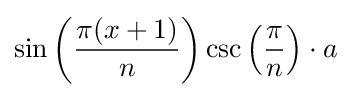
\sin \left({\frac {\pi (x+1)}{n}}\right)\csc \left({\frac {\pi }{n}}\right)\cdot a